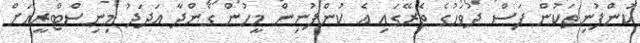
ކުންފުނިތަކުން ފަސް ދުވަހުގެ ތެރޭގައި އެ ކުންފުނިން މީހުން ގެންދާ އަދަދު މިނިސްޓްރީއަށް